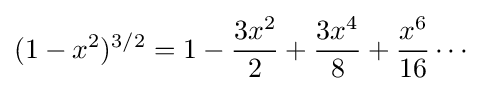
(1-x^{2})^{3/2}=1-{\frac {3x^{2}}{2}}+{\frac {3x^{4}}{8}}+{\frac {x^{6}}{16}}\cdots